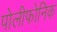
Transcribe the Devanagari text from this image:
पोलीफोनिक